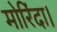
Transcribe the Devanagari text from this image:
मोरिंदा।